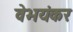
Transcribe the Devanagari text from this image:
वेभयंकर